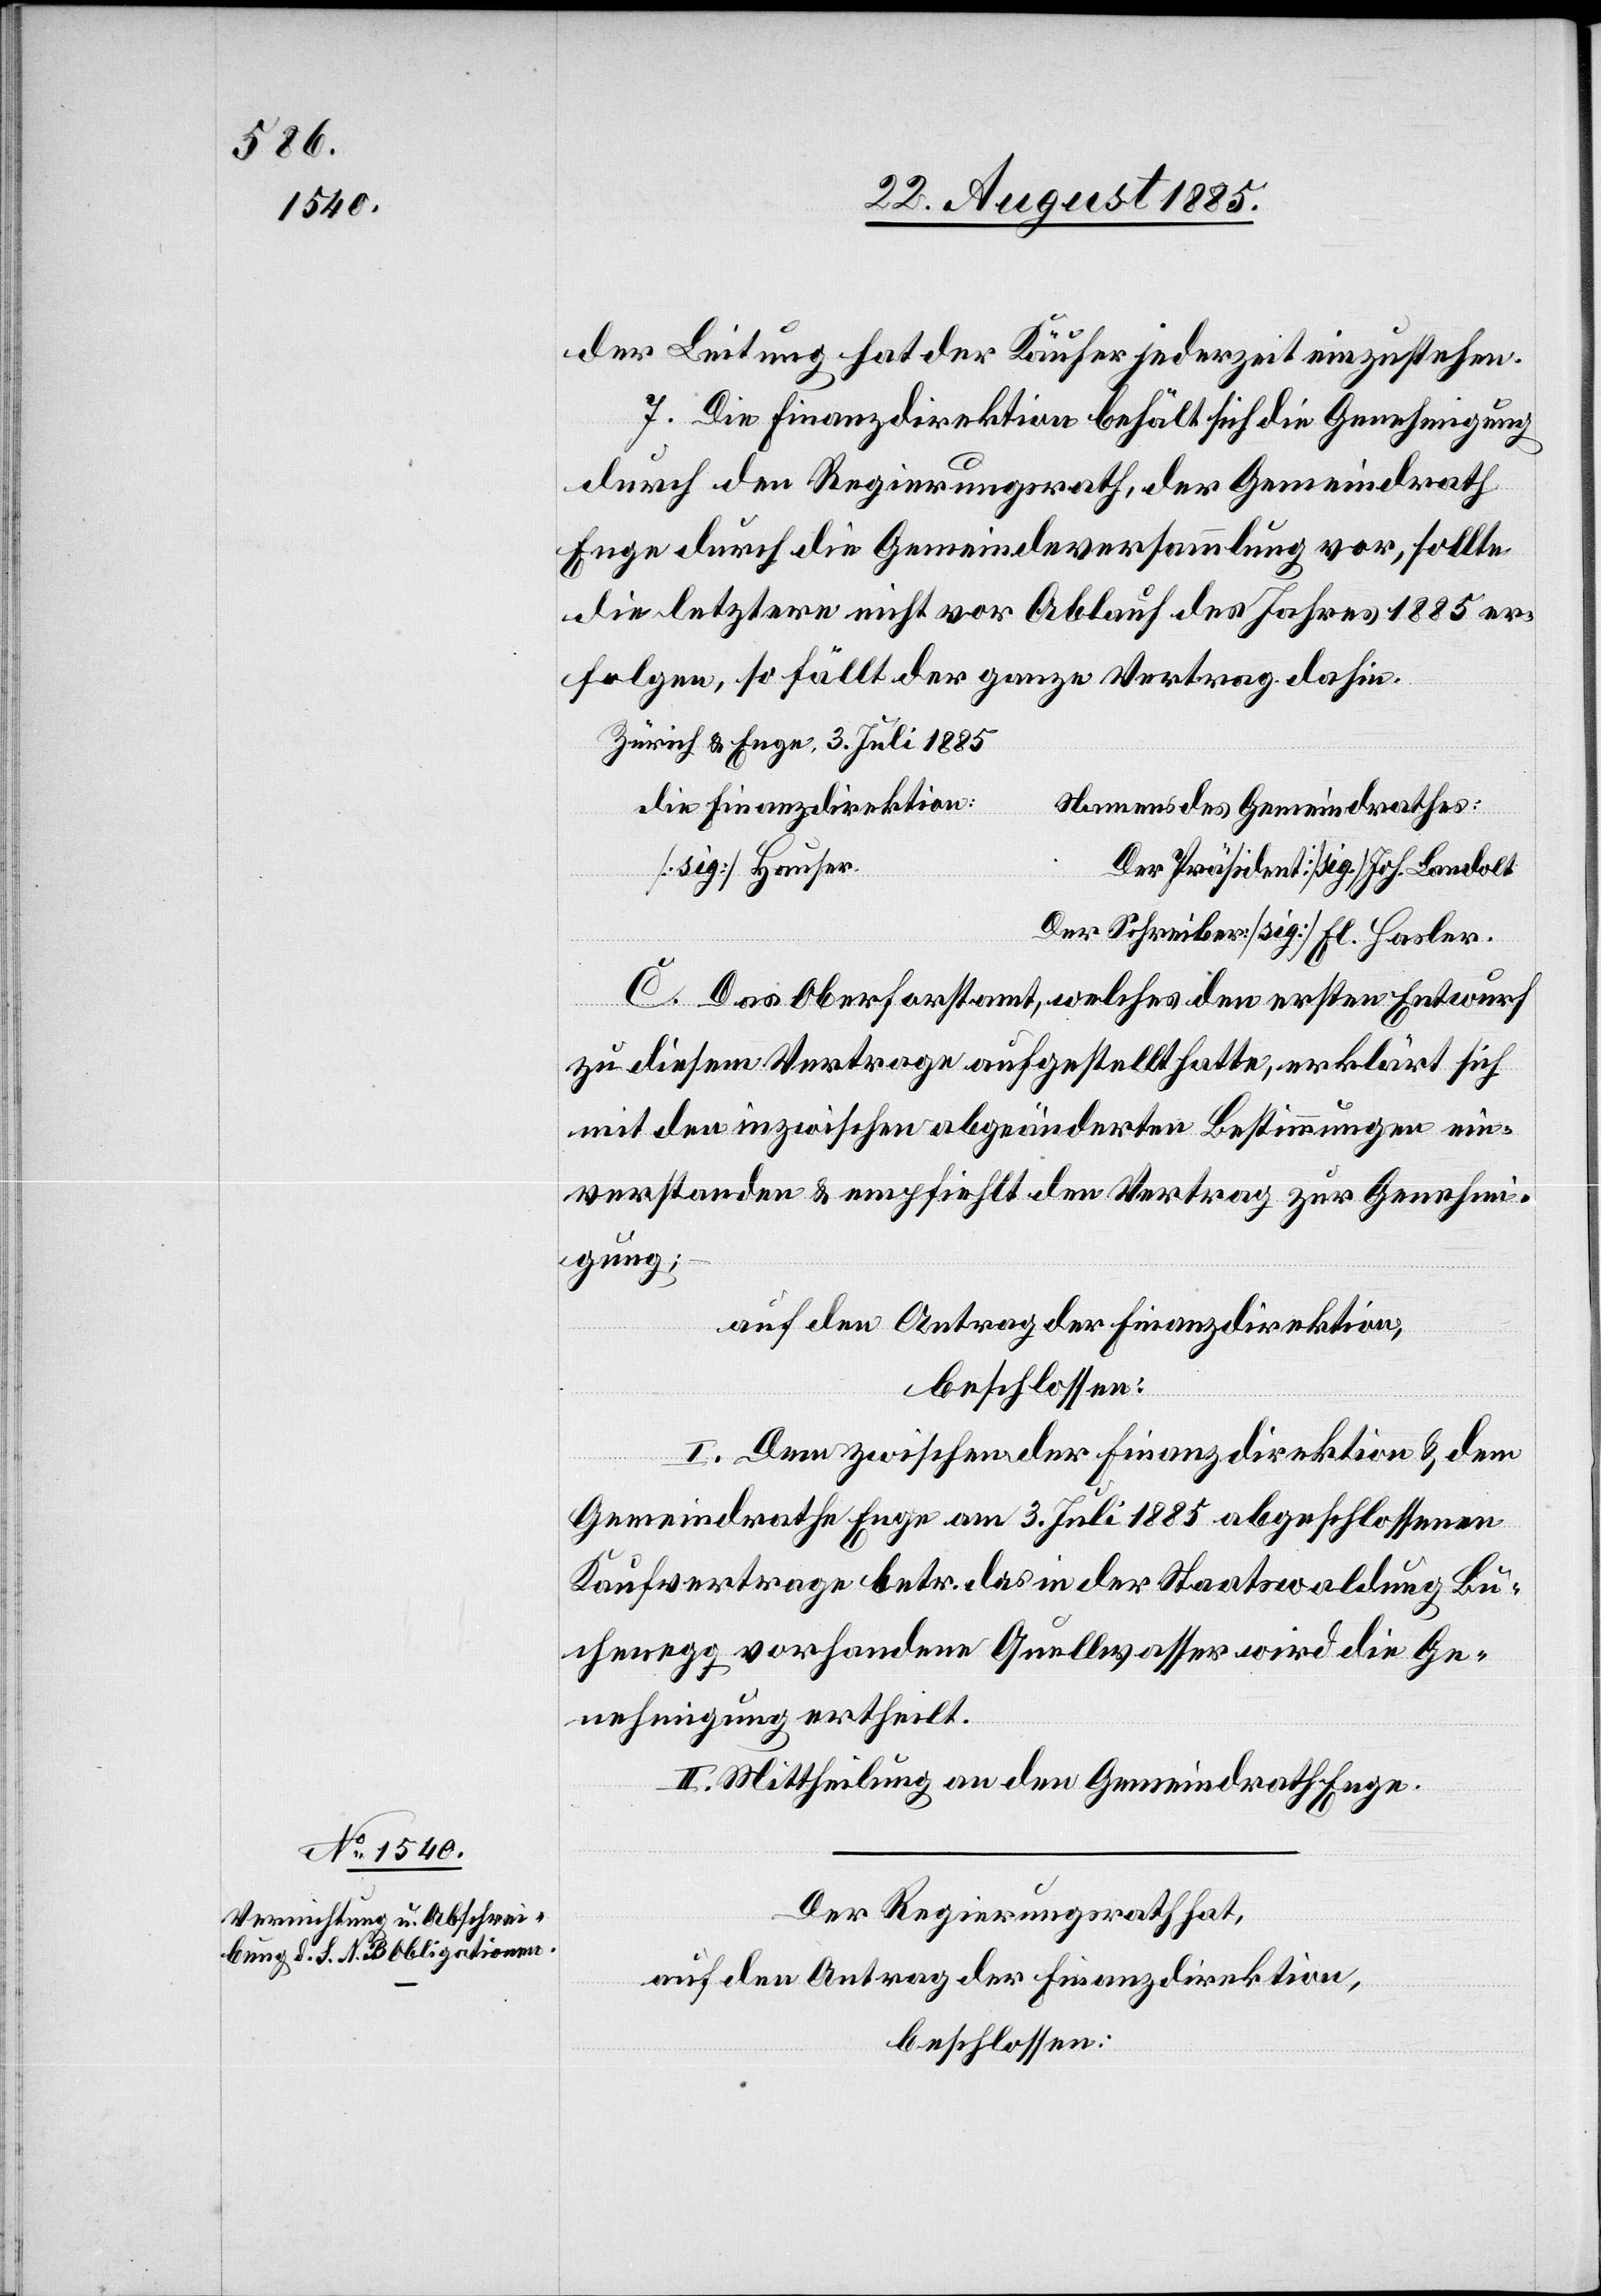
der Leitung hat der Käufer jederzeit einzustehen.
7. Die Finanzdirektion behält sich die Genehmigung
durch den Regierungsrath, der Gemeindrath
Enge durch die Gemeindeversammlung vor, sollte
die letztere nicht vor Ablauf des Jahres 1885 er¬
folgen, so fällt der ganze Vertrag dahin.
Zürich & Enge, 3. Juli 1885
die Finanzdirektion:
Namens des Gemeindrathes:
[sig.] Hauser.
Der Präsident [sig.] Joh. Landolt
Der Schreiber [sig.] El. Hasler.
C. Das Oberforstamt, welches den ersten Entwurf
zu diesem Vertrage aufgestellt hatte, erklärt sich
mit den inzwischen abgeänderten Bestimmungen ein¬
verstanden & empfiehlt den Vertrag zur Genehmi¬
gung;
auf den Antrag der Finanzdirektion,
beschlossen:
I. Dem zwischen der Finanzdirektion & dem
Gemeindrath Enge am 3. Juli 1885 abgeschlossenen
Kaufvertrage betr. das in der Staatswaldung Bu¬
chenegg vorhandene Quellenwasser wird die Ge¬
nehmigung ertheilt.
II. Mittheilung an den Gemeindrath Enge.
Der Regierungsrath hat,
auf den Antrag der Finanzdirektion,
beschlossen: